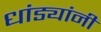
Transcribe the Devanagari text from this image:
धांड्यांनी